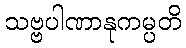
သဗ္ဗပါဏာနုကမ္ပတိ